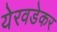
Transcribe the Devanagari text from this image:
येरवडेकर